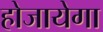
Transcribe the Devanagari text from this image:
होजायेगा